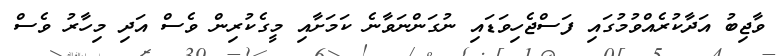
ވާޖިބު އަދާކުރެއްވުމުގައި ފަސްޖެހިވަޑައި ނުގަންނަވާނެ ކަމަށާއި މީގެކުރިން ވެސް އަދި މިހާރު ވެސް